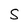
Character: S